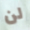
لن